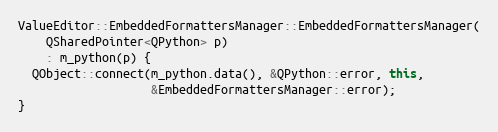
Language: C++
ValueEditor::EmbeddedFormattersManager::EmbeddedFormattersManager(
    QSharedPointer<QPython> p)
    : m_python(p) {
  QObject::connect(m_python.data(), &QPython::error, this,
                   &EmbeddedFormattersManager::error);
}